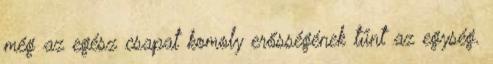
még az egész csapat komoly erősségének tűnt az egység.